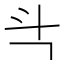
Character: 㪲